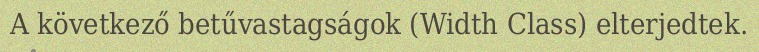
A következő betűvastagságok (Width Class) elterjedtek.